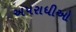
અપરાધીઓ